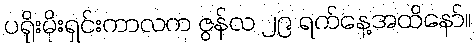
ပရိုးမိုးရှင်းကာလက ဇွန်လ ၂၉ ရက်နေ့အထိနော်။